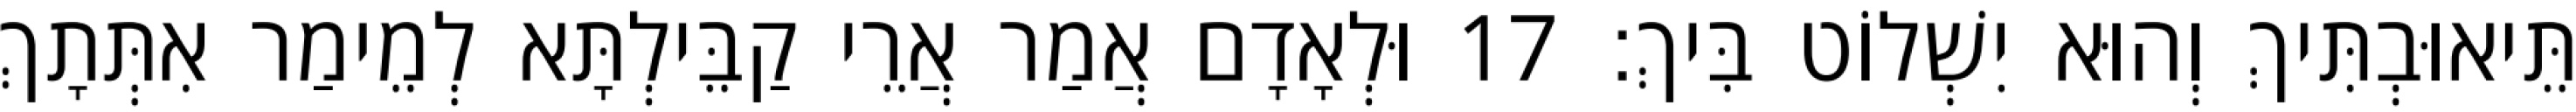
תֵּיאוּבְתִּיךְ וְהוּא יִשְׁלוֹט בִּיךְ׃ 17 וּלְאָדָם אֲמַר אֲרֵי קַבֵּילְתָּא לְמֵימַר אִתְּתָךְ